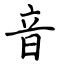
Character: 音